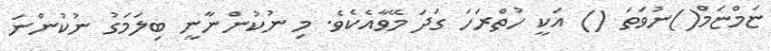
ޏަމްޏަމް()ނުވަތަ () އަކީ ހުތްރަހަ ގަދަ މޭވާއެކެވެ. މި ނުކުންނާނީ ބިލަމަގު ނުކުންނަ